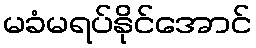
မခံမရပ်နိုင်အောင်